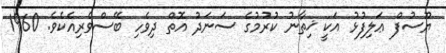
ޔޫސުފް ޢަލިފުޅު އަކީ ޚިތާނު ކުރުމުގެ ސަނަދު އޮތް ދިވެހި ބޭސްވެރިއެކެވެ. 1960